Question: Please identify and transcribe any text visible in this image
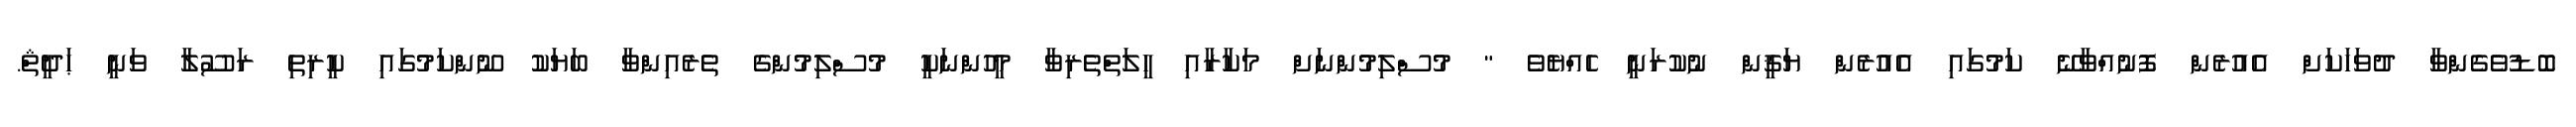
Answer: ބޮޑުވެގެންވާ ދުވަހަކަށް އެއުރެން ފޮނުއްވާނޭ ކަމުގައި އެއުރެން ޔަޤީން ނުކުރަނީ ހެއްޔެވެ " މުސްލިމުންނަށް މަކާރާއި ހީލަތްތެރިވާ މީހުންނަކީ މުސްލިމުންގެ ތެރެއިންވާ ބަޔަކު ނޫންކަމުގައި ކީރިތި ރަސޫލާ ވަނީ ޙަދީޘް.